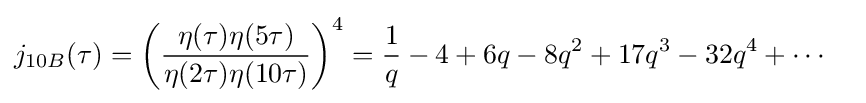
{\begin{aligned}j_{10B}(\tau )&=\left({\frac {\eta (\tau )\eta (5\tau )}{\eta (2\tau )\eta (10\tau )}}\right)^{4}={\frac {1}{q}}-4+6q-8q^{2}+17q^{3}-32q^{4}+\cdots \end{aligned}}